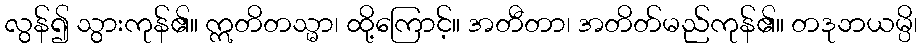
လွန်၍ သွားကုန်၏။ ဣတိတသ္မာ၊ ထို့ကြောင့်။ အတီတာ၊ အတိတ်မည်ကုန်၏။ တဒုဘယမ္ပိ၊